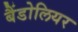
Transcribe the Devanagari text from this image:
बैंडोलियर